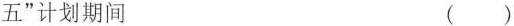
五”计划期间 ()